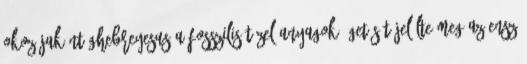
okozójaként Ghebreyesus a fosszilis tüzelőanyagok égetését jelölte meg.Az ENSZ